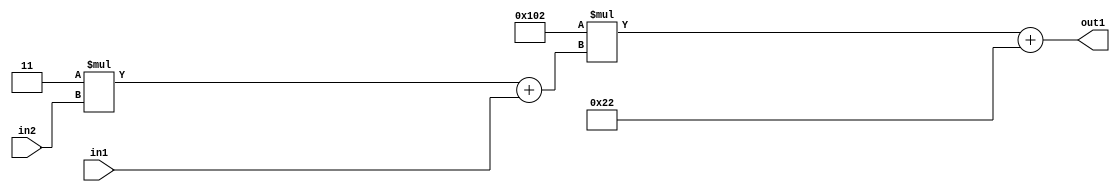
`timescale 1ps / 1ps
/*****************************************************************************
    Verilog RTL Description
    
    
    Created by: Stratus DpOpt 2019.1.01 
*******************************************************************************/

module DC_Filter_Add2i34Mul2i258Add2u1Mul2i3u2_1 (
	in2,
	in1,
	out1
	); /* architecture "behavioural" */ 
input [1:0] in2;
input  in1;
output [11:0] out1;
wire [11:0] asc001;
wire [3:0] asc002;

wire [3:0] asc002_tmp_0;
assign asc002_tmp_0 = 
	+(4'B0011 * in2);
assign asc002 = asc002_tmp_0
	+(in1);

wire [11:0] asc001_tmp_1;
assign asc001_tmp_1 = 
	+(12'B000100000010 * asc002);
assign asc001 = asc001_tmp_1
	+(12'B000000100010);

assign out1 = asc001;
endmodule

/* CADENCE  v7bzTQ0= : u9/ySgnWtBlWxVPRXgAZ4Og= ** DO NOT EDIT THIS LINE ******/